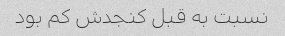
نسبت به قبل کنجدش کم بود